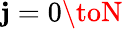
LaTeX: \mathbf{j}=0\toN